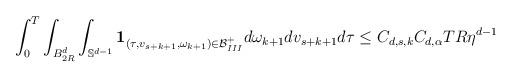
LaTeX: \begin{align*}\begin{aligned}& \int_0^T \int_{B_{2R}^d} \int_{\mathbb{S}^{d-1}}\mathbf{1}_{(\tau,v_{s+k+1},\omega_{k+1}) \in \mathcal{B}_{III}^+}d\omega_{k+1} dv_{s+k+1} d\tau \leq C_{d,s,k} C_{d,\alpha} T R \eta^{d-1}\end{aligned}\end{align*}